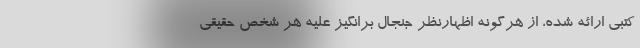
کتبی ارائه شده، از هرگونه اظهارنظر جنجال برانگیز علیه هر شخص حقیقی